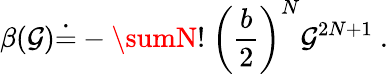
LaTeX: \beta(\mathcal{G})\dot{{=}}-\sumN!~\biggl({\frac{{b}}{{2}}}\biggr)^{N}\mathcal{G}^{2N+1}~.